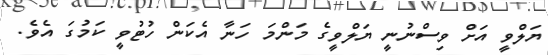
ޔަލްވީ އަށް ވިސްނުނީ ޔަލްވީގެ މަންމަ ހަނާ އެކަަން ހުޓުވީ ކަމުގަ އެވެ.